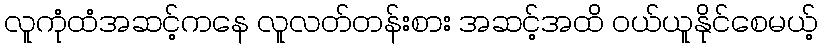
လူကုံထံအဆင့်ကနေ လူလတ်တန်းစား အဆင့်အထိ ဝယ်ယူနိုင်စေမယ့်